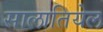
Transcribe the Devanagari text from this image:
सालातियेल